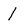
Character: 1